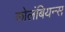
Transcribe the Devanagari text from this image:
कोलंबियन्स